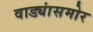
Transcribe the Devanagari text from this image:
वाड्यांसमोर